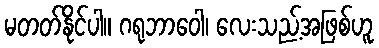
မတတ်နိုင်ပါ။ ဂရုဘာဝေါ၊ လေးသည့်အဖြစ်ဟူ